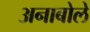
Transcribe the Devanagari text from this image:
अनाबोले